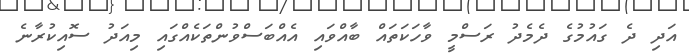
އަދި ދެ ގައުމުގެ ދެމެދު ރަސްމީ ވާހަކަތައް ބާއްވައި އެއްބަސްވުންތަކެއްގައި މިއަދު ސޮއިކުރާނެ